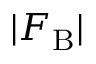
\vert F _ { \mathrm { B } } \vert